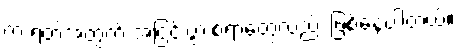
က ရတဲ့အတွက် အငြင်းပွားစရာတွေလည်း ဖြစ်နေပါတယ်။